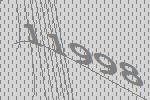
11998